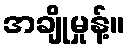
အချိုမှုန့်။